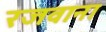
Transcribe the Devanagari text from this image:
रजवाना